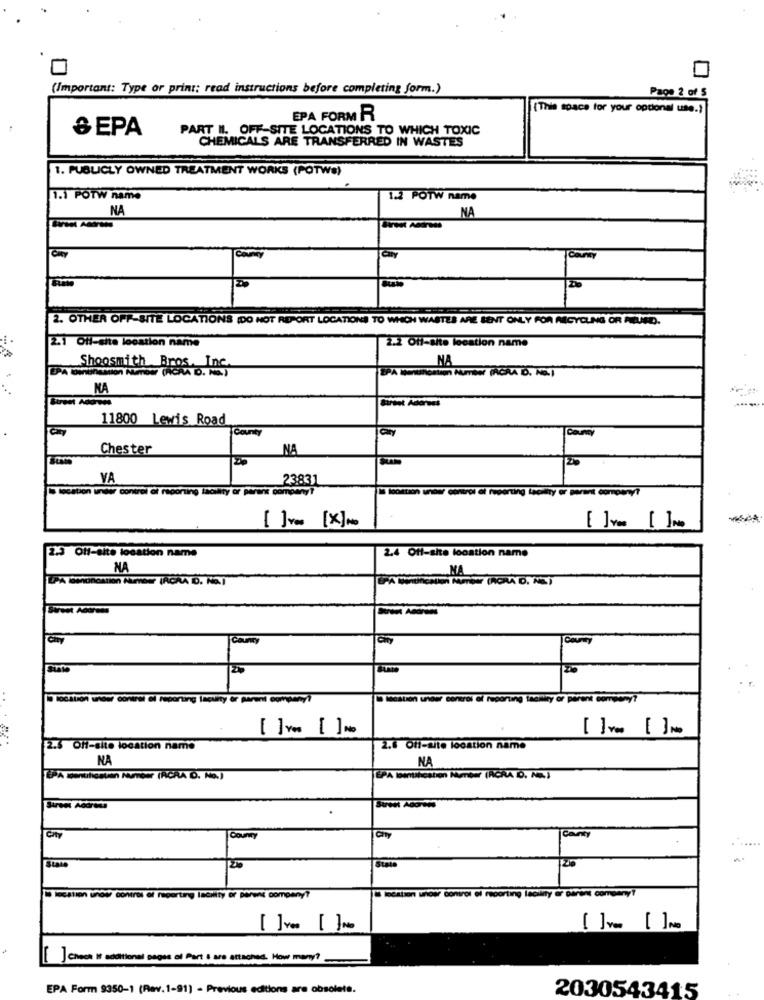
(Important: Type or print; read instructions before completing form.)
Page 2 of S
(This space for your optional use.)
EPA FORM R
& EPA
PART II. OFF-SITE LOCATIONS TO WHICH TOXIC
CHEMICALS ARE TRANSFERRED IN WASTES
1. PUBLICLY OWNED TREATMENT WORKS (POTWE)
1.1 POTW name
1.2 POTW name
NA
NA
County
County
2. OTHER OFF-SITE LOCATIONS (DO NOT REPORT LOCATIONS TO WHICH WASTES ARE SENT ONLY FOR MICYCLING OR MIND.
2.1 Off-site location name
2.2 Off-site leestion name
NA
Shoosmith Bros.
NA
Birtet Adorees
11800 Lewis Road
County
County
Chester
NA
VA
23831
under control of reporting facility or parent
os Gi reporting tacidity or porent
[ ] Yes [X]
[ ] Yen []Me
2.3 Off-site location name
2.4 Off-site location name
NA
County
County
. .
toGató% wnow? conirei ei reporting facility er parent companyi
DIAten uer control Gi reporting themry or parent company?
4
[ ] Yes [] No
[ ] Yea []No
2.5 Off-site location name
2.8 Off-site location name
NA
NA
ÉPA gentilisaken Number (RCRA D. No.)
Street Address
City
County
County
Stal
location unos control Of reporting lachity of parent company?
8 léstson unos control el reporting lecility or parent company?
]Cheer It additional pages of Part & are attached. How many?
EPA Form 9350-1 (Rev.1-91) - Previous editions are obsolete.
2030543415